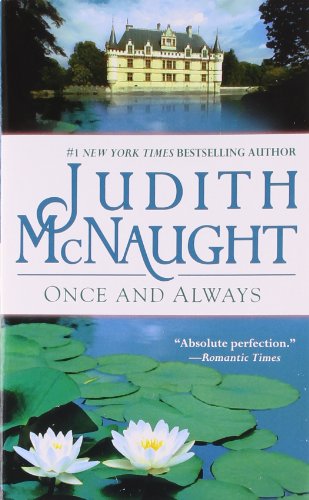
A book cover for Once and Always; Judith McNaught; Romance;